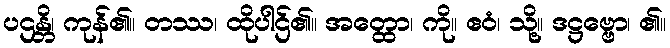
ပဌန္တိ၊ ကုန်၏။ တဿ၊ ထိုပါဌ်၏။ အတ္ထော၊ ကို။ ဧဝံ၊ သို့။ ဒဋ္ဌဗ္ဗော၊ ၏။